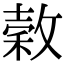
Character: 𭤄